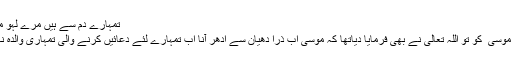
تمہارے دم سے ہیں مرے لہو میں گُلاب
حضرت موسی ٰ کو تو اللہ تعالیٰ نے بھی فرمایا دیاتھا کہ موسیٰ اب ذرا دھیان سے ادھر آنا اب تمہارے لئے دعائیں کرنے والی تمہاری والدہ نہیں رہیں۔